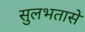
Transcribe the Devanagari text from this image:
सुलभतासे